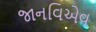
જાનવિએવ